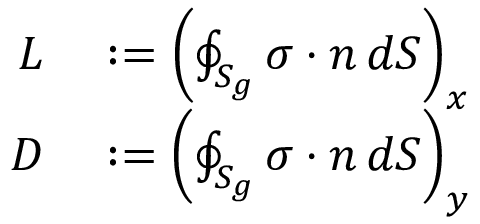
\begin{array} { r l } { L } & { { } : = \left( \oint _ { S _ { g } } \sigma \cdot n \, d S \right) _ { x } } \\ { D } & { { } : = \left( \oint _ { S _ { g } } \sigma \cdot n \, d S \right) _ { y } } \end{array}